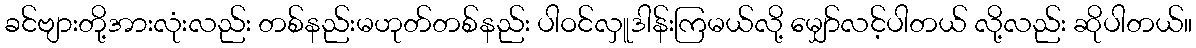
ခင်ဗျားတို့အားလုံးလည်း တစ်နည်းမဟုတ်တစ်နည်း ပါဝင်လှူဒါန်းကြမယ်လို့ မျှော်လင့်ပါတယ် လို့လည်း ဆိုပါတယ်။